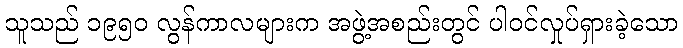
သူသည် ၁၉၅၀ လွန်ကာလများက အဖွဲ့အစည်းတွင် ပါဝင်လှုပ်ရှားခဲ့သော